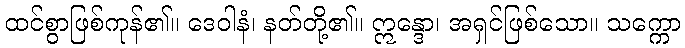
ထင်စွာဖြစ်ကုန်၏။ ဒေဝါနံ၊ နတ်တို့၏။ ဣန္ဒော၊ အရှင်ဖြစ်သော။ သက္ကော